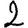
Digit: 2